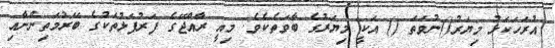
އުރަހަކަޅު މިޔަރު()ނުވަތަ () އަކީ މިޔަރުގެ ބާވަތެކެވެ. މިއީ ރާއްޖޭގެ ފަރުފަޅުތަކުގެ ބޭރުމަތިންނާއި